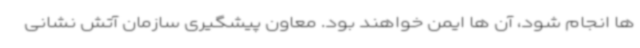
ها انجام شود، آن ها ایمن خواهند بود. معاون پیشگیری سازمان آتش نشانی